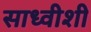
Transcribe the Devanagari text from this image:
साध्वीशी